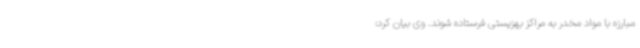
مبارزه با مواد مخدر به مراکز بهزیستی فرستاده ‌شوند. وی بیان کرد: